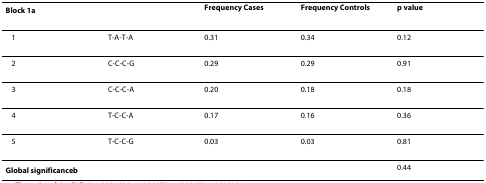
<table><thead><tr><td colspan="2"><b>Block 1<sup>a</sup></b></td><td><b>Frequency Cases</b></td><td><b>Frequency Controls</b></td><td><b>p value</b></td></tr></thead><tbody><tr><td>1</td><td>T-A-T-A</td><td>0.31</td><td>0.34</td><td>0.12</td></tr><tr><td>2</td><td>C-C-C-G</td><td>0.29</td><td>0.29</td><td>0.91</td></tr><tr><td>3</td><td>C-C-C-A</td><td>0.20</td><td>0.18</td><td>0.18</td></tr><tr><td>4</td><td>T-C-C-A</td><td>0.17</td><td>0.16</td><td>0.36</td></tr><tr><td>5</td><td>T-C-C-G</td><td>0.03</td><td>0.03</td><td>0.81</td></tr><tr><td colspan="3"><b>Global significance<sup>b</sup></b></td><td></td><td>0.44</td></tr></tbody></table>